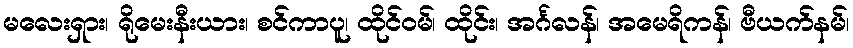
မလေးရှား၊ ရိုမေးနီးယား၊ စင်ကာပူ၊ ထိုင်ဝမ်၊ ထိုင်း၊ အင်္ဂလန်၊ အမေရိကန်၊ ဗီယက်နမ်၊